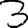
Digit: 3